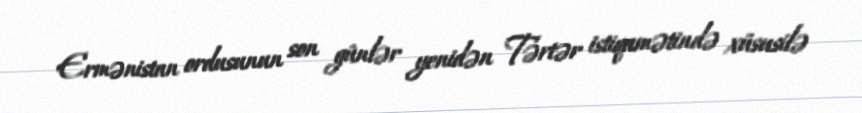
Ermənistan ordusunun son günlər yenidən Tərtər istiqamətində xüsusilə